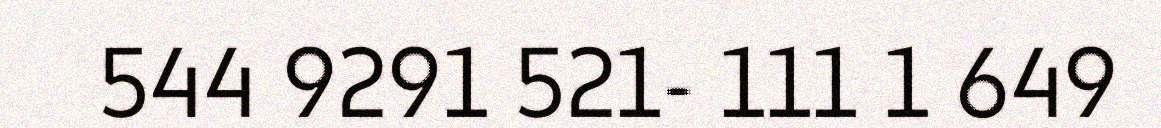
544 9291 521- 111 1 649